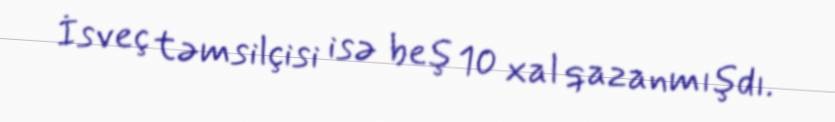
İsveç təmsilçisi isə beş 10 xal qazanmışdı.